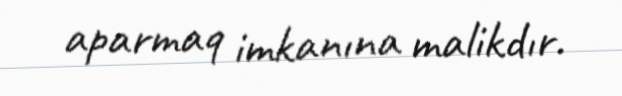
aparmaq imkanına malikdır.